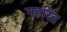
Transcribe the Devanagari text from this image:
गहरित